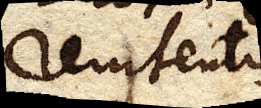
renitentis,